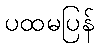
ပထမပြန်